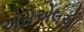
એસએલએ